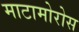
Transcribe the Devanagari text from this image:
माटामोरोस